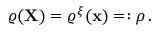
\varrho ( \mathbf { X } ) = \varrho ^ { \xi } ( { \mathbf { x } } ) = : \rho \, .